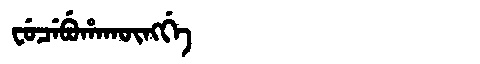
Manchu: ᠸᡠᠴᡝᠪᡠᡥᠠᡴᡡᠩᡤᡝ
Romanization: FUCEBUHAKŪNGGE